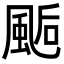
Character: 𩗇